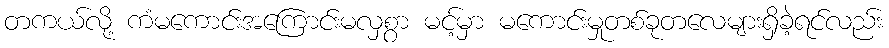
တကယ်လို့ ကံမကောင်းအကြောင်းမလှစွာ မင့်မှာ မကောင်းမှုတစ်ခုတလေများရှိခဲ့ရင်လည်း